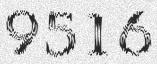
9516